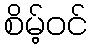
စိမ့်ဝင်